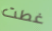
غطت